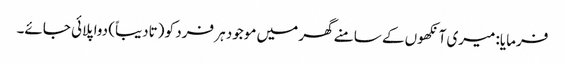
فرمایا: میری آنکھوں کے سامنے گھر میں موجود ہر فرد کو (تادیباً) دوا پلائی جائے۔